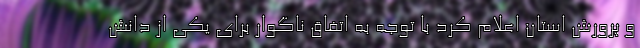
و پرورش استان اعلام کرد با توجه به اتفاق ناگوار برای یکی از دانش